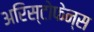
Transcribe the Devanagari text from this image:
अरिस्टोफेन्स